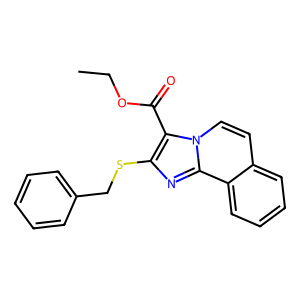
SMILES: CCOC(=O)c1c(SCc2ccccc2)nc2c3ccccc3ccn12
Inhibits HIV replication: No